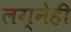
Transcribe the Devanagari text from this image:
लग्नेही